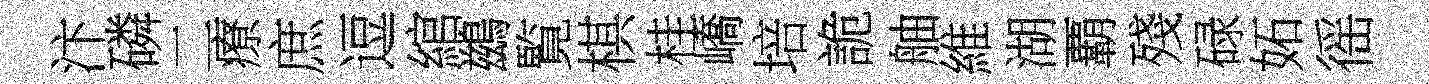
汴磷二療庶逗綰鷀覧棋桂嶠培詭舳維湖覇殘碌妬徭